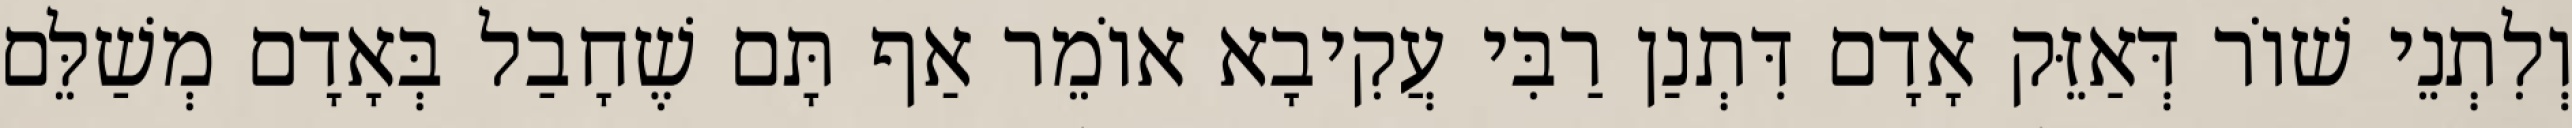
וְלִתְנֵי שׁוֹר דְּאַזֵּק אָדָם דִּתְנַן רַבִּי עֲקִיבָא אוֹמֵר אַף תָּם שֶׁחָבַל בְּאָדָם מְשַׁלֵּם